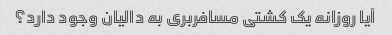
آیا روزانه یک کشتی مسافربری به دالیان وجود دارد؟